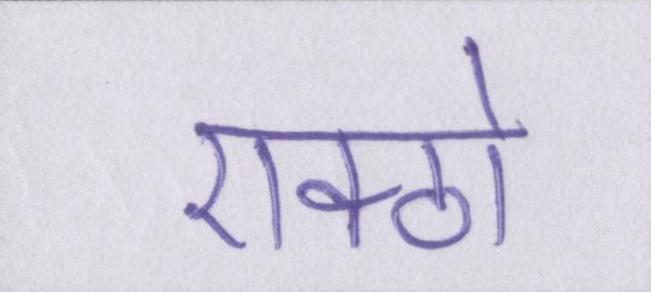
एक्ठो